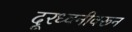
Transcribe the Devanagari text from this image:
दूरध्वनीवरून